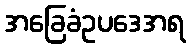
အခြေခံဥပဒေအရ